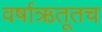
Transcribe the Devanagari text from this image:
वर्षाऋतूतच